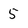
Character: 5